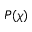
P ( \chi )